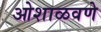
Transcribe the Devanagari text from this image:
ओशाळवणे